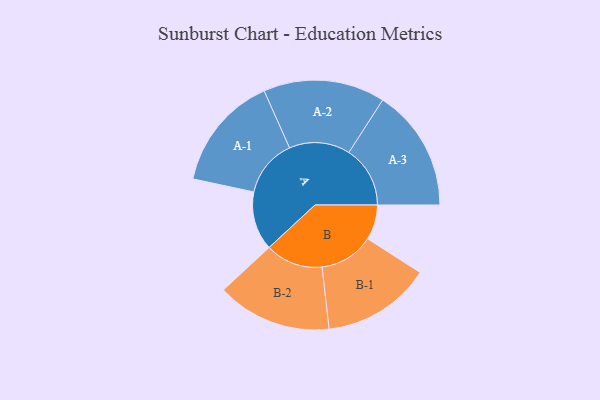
{"axis": {"x": "Segment", "y": "Value"}, "legend": ["", "A", "B"], "data": [{"x": "A", "y": 282, "type": ""}, {"x": "B", "y": 168, "type": ""}, {"x": "A-1", "y": 277, "type": "A"}, {"x": "A-2", "y": 292, "type": "A"}, {"x": "A-3", "y": 294, "type": "A"}, {"x": "B-1", "y": 261, "type": "B"}, {"x": "B-2", "y": 276, "type": "B"}]}